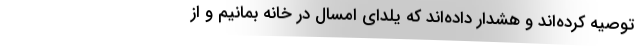
توصیه کرده‌اند و هشدار داده‌اند که یلدای امسال در خانه بمانیم و از